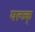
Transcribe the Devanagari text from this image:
यल्ज्क्